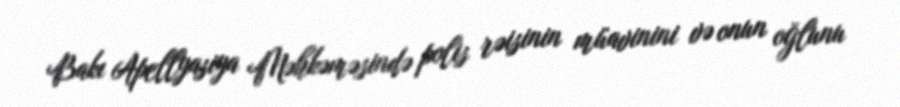
Bakı Apellyasiya Məhkəməsində polis rəisinin müavinini və onun oğlunu